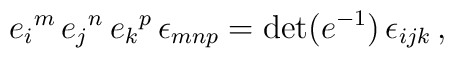
e_{i}{}^{m}\, e_{j}{}^{n}\, e_{k}{}^{p}\, \epsilon_{mnp} = \det(e^{-1})\, \epsilon_{ijk}\, ,